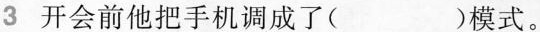
3开会前他把手机调成了( )模式。